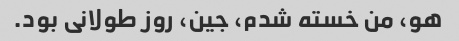
هو، من خسته شدم، جین، روز طولانی بود.